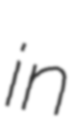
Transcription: in